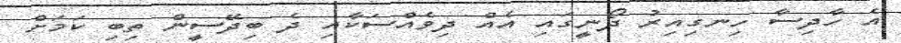
އެ ހާދިސާ ހިނގިއިރު ދޯނީގައި އެއް ދިވެއްސަކާއި ދެ ބިދޭސީން ތިބި ކަމަށް